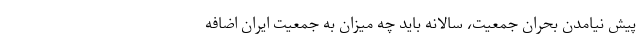
پیش نیامدن بحران جمعیت، سالانه باید چه میزان به جمعیت ایران اضافه